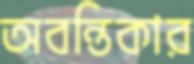
অবন্তিকার